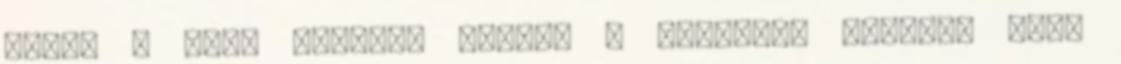
miert a HP-t vettek, amikor a Canonhoz toredek aron